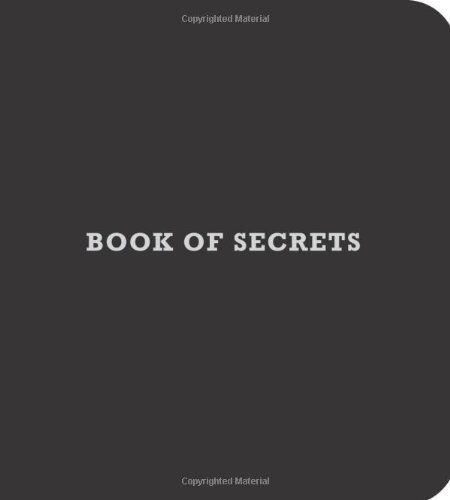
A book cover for Book of Secrets; Thomas Eaton; Humor & Entertainment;